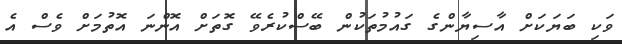
ވަކި ބަޔަކަށް އާސިޔާންގެ ގައުމުތަކުން ބޭސްކުރެވޭ ގޮތަށް އޮންނަ އޮތުމަށް ވެސް އެ